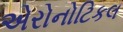
એરોનોટિકલ